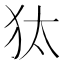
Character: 𤝁